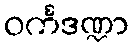
ဝင်္ကဒဏ္ဍာ